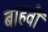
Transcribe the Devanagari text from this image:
बाहवीं